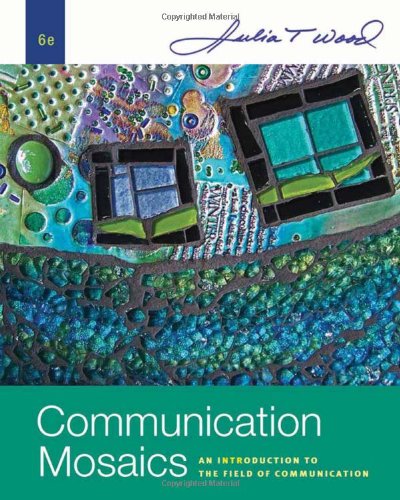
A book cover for Communication Mosaics: An Introduction to the Field of Communication; Julia T. Wood; Reference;